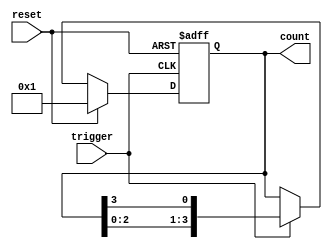
module async_ring_counter #(
    parameter N = 4  // Number of states (flip-flops)
)(
    input wire reset, // Asynchronous reset signal
    input wire trigger, // Trigger signal for state transition
    output reg [N-1:0] count // Output representing the current state
);

// Internal signals for the ring counter
reg [N-1:0] next_count;

// Always block for the asynchronous reset and state transition
always @(*) begin
    // Default the next state to the current state
    next_count = count;

    if (reset) begin
        // If reset is active, set the first flip-flop high and others low
        next_count = 1'b1;
    end else if (trigger) begin
        // Shift the active state to the next flip-flop
        next_count = {count[N-2:0], count[N-1]}; // Rotate left
    end
end

// Always block for updating the state
always @(posedge trigger or posedge reset) begin
    if (reset) begin
        count <= 1'b1; // Set initial state
    end else begin
        count <= next_count; // Update to the next state
    end
end

// Initial state
initial begin
    count = 1'b1; // Start with the first flip-flop set high
end

endmodule